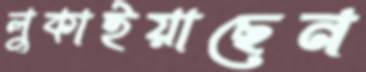
লুকাইয়াছেন